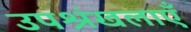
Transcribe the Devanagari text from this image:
उपश्रंखलाएँ